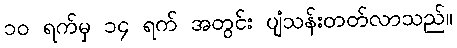
၁၀ ရက်မှ ၁၄ ရက် အတွင်း ပျံသန်းတတ်လာသည်။